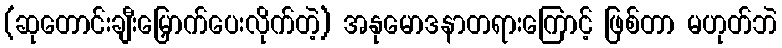
(ဆုတောင်းချီးမြှောက်ပေးလိုက်တဲ့) အနုမောဒနာတရားကြောင့် ဖြစ်တာ မဟုတ်ဘဲ